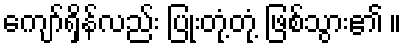
ကျော်ရှိန်လည်း ပြုံးတုံ့တုံ့ ဖြစ်သွား၏ ။